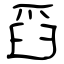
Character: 舀